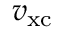
v _ { \mathrm { x c } }